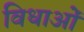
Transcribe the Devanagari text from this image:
विधाओं